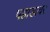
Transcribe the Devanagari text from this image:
पहाडावर